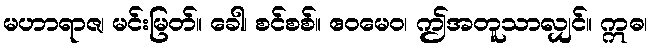
မဟာရာဇ၊ မင်းမြတ်။ ခေါ၊ စင်စစ်။ ဧဝမေဝ၊ ဤအတူသာလျှင်။ ဣဓ၊